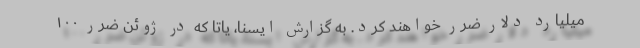
میلیارد دلار ضرر خواهند کرد. به گزارش ایسنا، یاتا که در ژوئن ضرر ۱۰۰